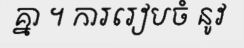
គ្នា ។ ការរៀបចំ នូវ